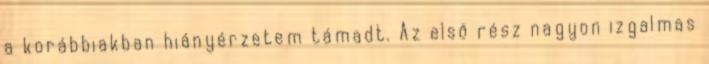
a korábbiakban hiányérzetem támadt. Az első rész nagyon izgalmas